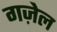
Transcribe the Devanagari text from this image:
गज़ेल